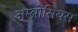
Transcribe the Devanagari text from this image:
अम्ब्रोसियस